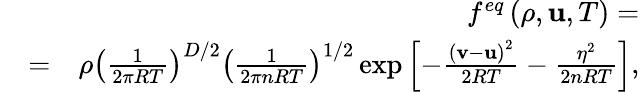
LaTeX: \begin{array}{rlr}&{}&{{f^{eq}}\left({\rho,{\mathbf{u}},T}\right)=}\\ &{=}&{\rho{\left({\frac{1}{{2\pi RT}}}\right)^{D/2}}{\left({\frac{1}{{2\pi nRT}}}\right)^{1/2}}\exp\left[{-\frac{{{{\left({{\mathbf{v}}-{\mathbf{u}}}\right)}^{2}}}}{{2RT}}-\frac{{{\eta^{2}}}}{{2nRT}}}\right],}\end{array}